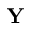
\mathbf { Y }